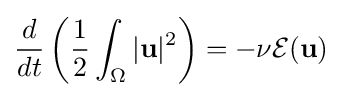
{\frac {d}{dt}}\left({\frac {1}{2}}\int _{\Omega }|\mathbf {u} |^{2}\right)=-\nu {\mathcal {E}}(\mathbf {u} )